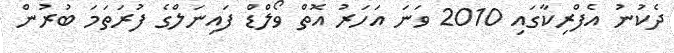
ދެކުނު އެފްރިކާގައި 2010 ވަނަ އަހަރު އޮތް ވޯލްޑް ފައިނަލްގެ ފުރަތަމަ ބުރުން